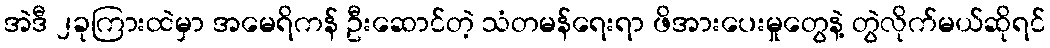
အဲဒီ ၂ခုကြားထဲမှာ အမေရိကန် ဦးဆောင်တဲ့ သံတမန်ရေးရာ ဖိအားပေးမှုတွေနဲ့ တွဲလိုက်မယ်ဆိုရင်